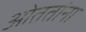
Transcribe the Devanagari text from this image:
ओततांना